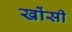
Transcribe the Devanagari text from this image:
खोंसी